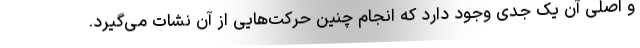
و اصلی آن یک جدی وجود دارد که انجام چنین حرکت‌هایی از آن نشات می‌گیرد.